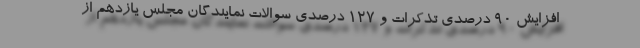
افزایش ۹۰ درصدی تذکرات و ۱۲۷ درصدی سوالات نمایندگان مجلس یازدهم از